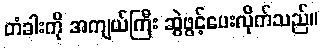
တံခါးကို အကျယ်ကြီး ဆွဲဖွင့်ပေးလိုက်သည်။